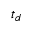
t _ { d }